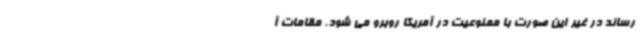
رساند در غیر این صورت با ممنوعیت در آمریکا روبرو می شود. مقامات آ